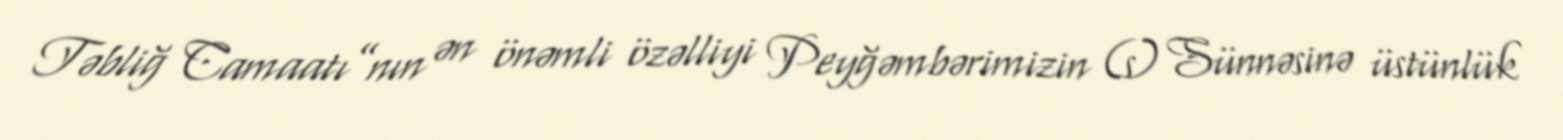
Təbliğ Camaatı”nın ən önəmli özəlliyi Peyğəmbərimizin (s) Sünnəsinə üstünlük